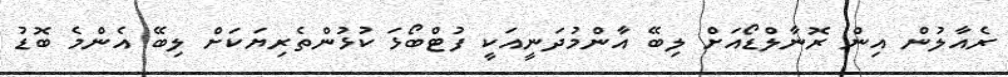
ރެއާލުން އިން ރޮނާލްޑޯއަށް ލިބޭ އާންމުދަނީއަކީ ފުޓްބޯޅަ ކުޅުންތެރިޔަކަށް ލިބޭ އެންމެ ބޮޑު